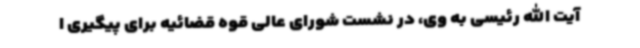
آیت الله رئیسی به وی، در نشست شورای عالی قوه قضائیه برای پیگیری ا